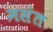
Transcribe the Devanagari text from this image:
मसंत